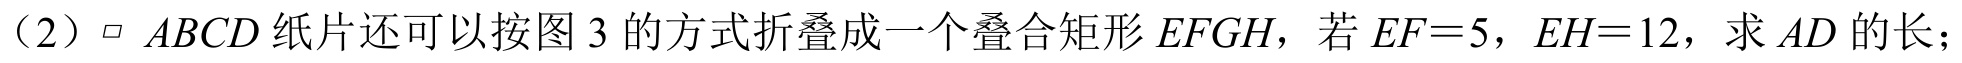
（2）$\parallelogram\ ABCD$ 纸片还可以按图 3 的方式折叠成一个叠合矩形 \(EFGH\)，若 \(EF = 5\)，\(EH = 12\)，求 \(AD\) 的长；